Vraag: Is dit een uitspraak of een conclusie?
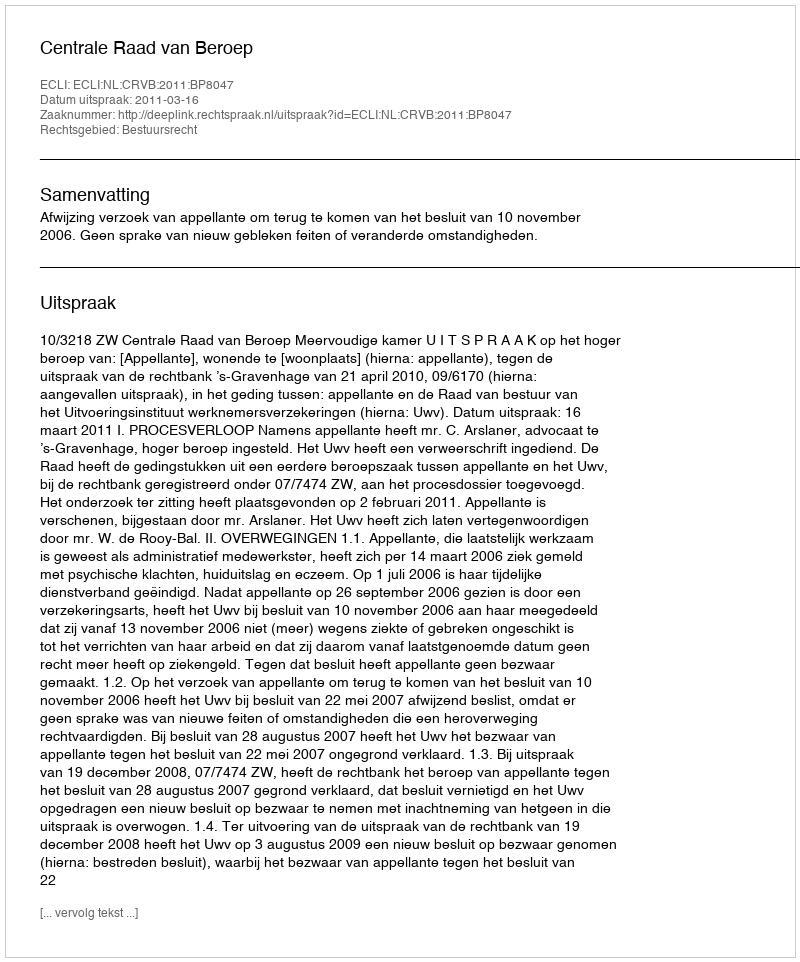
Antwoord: Uitspraak